Vaccination in Burma 1889-1999 - 1889-1999
Year: 1889
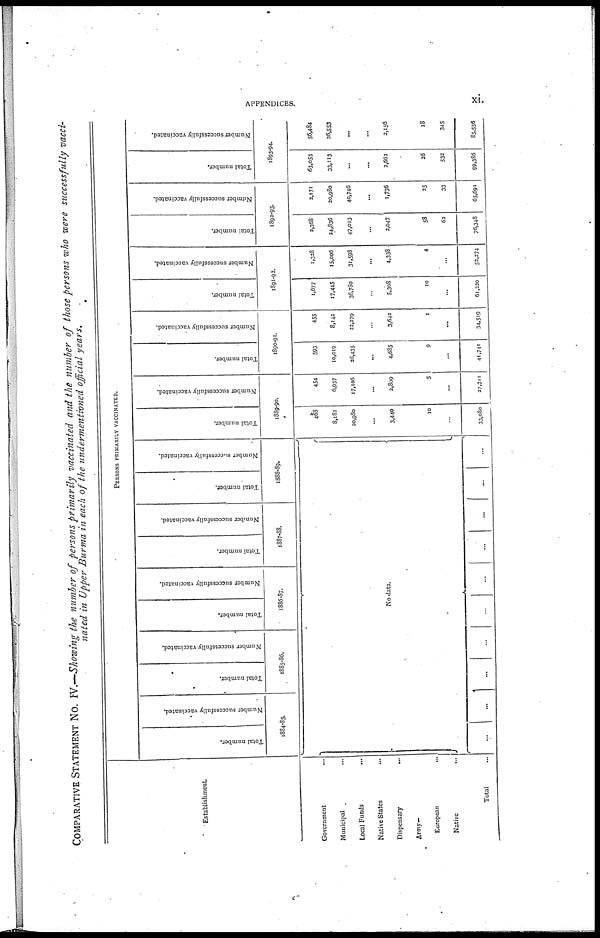
APPENDICES.
xi.
COMPARATIVE STATEMENT No. IV.—Showing the number of persons primarily vaccinated and the number of those persons who were successfully vacci-
nated in Upper Burma in each of the undermentioned official years.
Establishment.
Government
...
Municipal ...
Local Funds ...
Native States ...
Dispensary
...
Army—
European ...
Native ...
Total ...
PERSONS PRIMARILY VACCINATED.
Total number.
Number successfully vaccinated.
1884-85.
Total number.
Number successfully vaccinated.
1885-86.
Total number.
Number successfully vaccinated.
1886-87.
Total number.
Number successfully vaccinated.
1887-88.
Total number.
Number successfully vaccinated.
1888-89.
No data.
...
...
...
...
...
...
...
...
...
...
Total number.
Number successfully vaccinated.
1889-90.
468
8,182
20,980
...
3,440
10
...
33,080
454
6,937
17,106
...
2,809
5
...
37,311
Total number.
Number successfully vaccinated.
1890-91.
593
10,019
26,435
...
4,685
9
...
41,741
455
8,142
22,279
...
3,642
1
...
34,519
Total number.
Number successfully vaccinated.
1891-92.
1,677
17,445
36,780
...
5,308
10
...
61,220
1,328
15,006
31,598
...
4,338
4
...
52,274
Total number.
Number successfully vaccinated.
1892-93.
2,368
24,836
47,013
...
2,047
58
62
76,348
2,171
20,980
40,746
...
1,736
25
33
65,691
Total number.
Number successfully vaccinated.
1893-94.
63,053
33,113
...
...
2,662
26
532
99,386
56,484
26,553
...
...
2,156
18
345
85,556